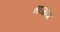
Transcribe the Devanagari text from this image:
तांजोंग